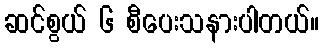
ဆင်စွယ် ၆ စီပေးသနားပါတယ်။